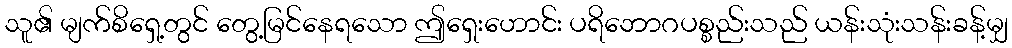
သူ၏ မျက်စိရှေ့တွင် တွေ့မြင်နေရသော ဤရှေးဟောင်း ပရိဘောဂပစ္စည်းသည် ယန်းသုံးသန်းခန့်မျှ